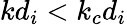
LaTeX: kd_{i}<k_{c}d_{i}